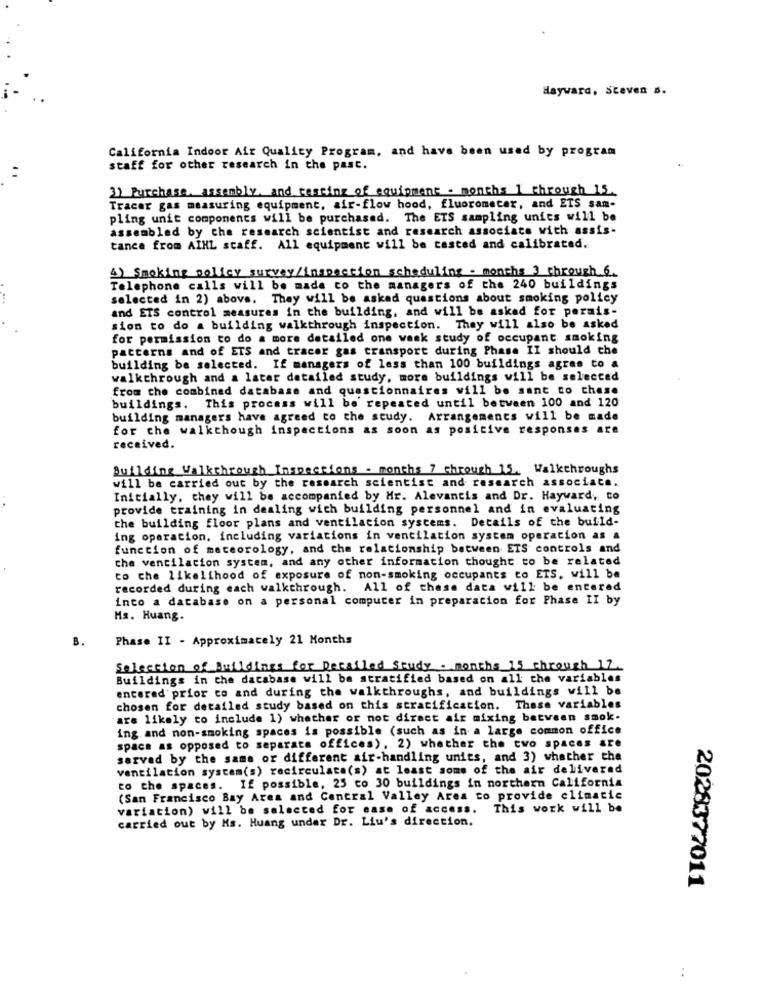
Hayward, Steven s.
California Indoor Air Quality Program, and have been used by program
staff for other research in the past.
3) Purchase, assembly, and testing of equipment - months 1 through 15.
Tracer gas measuring equipment, air-flow hood, fluorometer, and ETS sam-
pling unit components will be purchased. The ETS sampling units will be
assembled by the research scientist and research associate with assis-
tance from AIHL staff. All equipment will be tested and calibrated.
4) Smoking policy survey/inspection scheduling . months 3 through 6.
Telephone calls will be made co the managers of the 240 buildings
selected in 2) above. They will be asked questions about smoking policy
and ETS control measures in the building, and will be asked for permis-
sion to do a building walkthrough inspection. They will also be asked
for permission to do a more detailed one wask study of occupant smoking
patterns and of ETS and tracer gas transport during Phase II should the
building be selected. If managers of less than 100 buildings agree to a
walkthrough and a later detailed study, more buildings will be selected
from the combined database and questionnaires will be sant to chese
buildings. This process will be repeated until between 100 and 120
building managers have agreed to the study. Arrangements will be made
for the walkthough inspections as soon as positive responses are
received.
Building Walkthrough Inspections - months 7 through 15. Walkthroughs
will be carried out by the research scientist and research associate.
Initially, they will be accompanied by Mr. Alevantis and Dr. Hayward, to
provide training in dealing with building personnel and in evaluating
the building floor plans and ventilation systems. Details of the build-
ing operation, including variations in ventilation system operation as &
function of meteorology, and the relationship between ETS controls and
the ventilacion system, and any other information thought to be related
co che likelihood of exposure of non-smoking occupants to ETS, will be
recorded during each walkthrough. All of these data will be entered
into a database on a personal computer in preparation for Phase II by
Hs. Huang.
B.
Phase II - Approximately 21 Months
Selection of Buildings for Detailed Study . months 15 through 17.
Buildings in the database will be stratified based on all the variables
entered prior to and during the walkthroughs, and buildings will be
chosen for detailed study based on this stratification. These variables
are likely to include 1) whether or not direct air mixing between smok-
ing and non-smoking spaces is possible (such as in a large common office
space as opposed to separate offices), 2) whether the two spaces are
served by the same or different air-handling units, and 3) whather the
ventilation system(s) recirculate(s) at least some of the air delivered
to the spaces. If possible, 25 to 30 buildings in northern California
(San Francisco Bay Area and Central Valley Area to provide climatic
variation) will be selected for ease of access. This work will be
carried out by Ms. Huang under Dr. Liu's direction.
2028377011
: